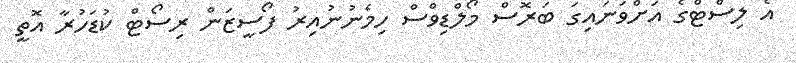
އެ ލިސްޓްގެ އަށްވަނައިގަ ބަރޮސް މޯލްޑިވްސް ހިމެނުނުއިރު ފޯސީޒަން ރިސޯޓް ކުޑަހުރާ އޮތީ